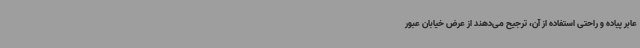
عابر پیاده و راحتی استفاده از آن، ترجیح می‌دهند از عرض خیابان عبور